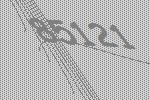
85121